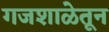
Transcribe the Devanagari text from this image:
गजशाळेतून